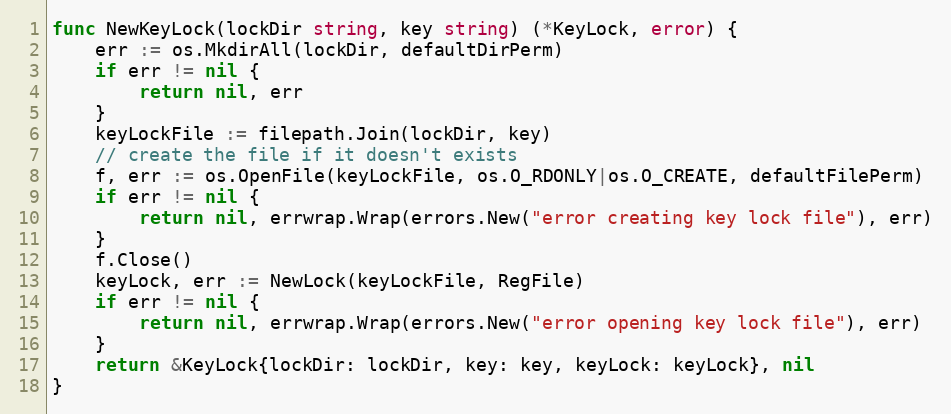
Language: Go
func NewKeyLock(lockDir string, key string) (*KeyLock, error) {
	err := os.MkdirAll(lockDir, defaultDirPerm)
	if err != nil {
		return nil, err
	}
	keyLockFile := filepath.Join(lockDir, key)
	// create the file if it doesn't exists
	f, err := os.OpenFile(keyLockFile, os.O_RDONLY|os.O_CREATE, defaultFilePerm)
	if err != nil {
		return nil, errwrap.Wrap(errors.New("error creating key lock file"), err)
	}
	f.Close()
	keyLock, err := NewLock(keyLockFile, RegFile)
	if err != nil {
		return nil, errwrap.Wrap(errors.New("error opening key lock file"), err)
	}
	return &KeyLock{lockDir: lockDir, key: key, keyLock: keyLock}, nil
}